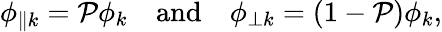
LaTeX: \phi_{\parallel k}=\mathcal{P}\phi_{k}\quad\mathrm{and}\quad\phi_{\perp k}=\left(1-\mathcal{P}\right)\phi_{k},